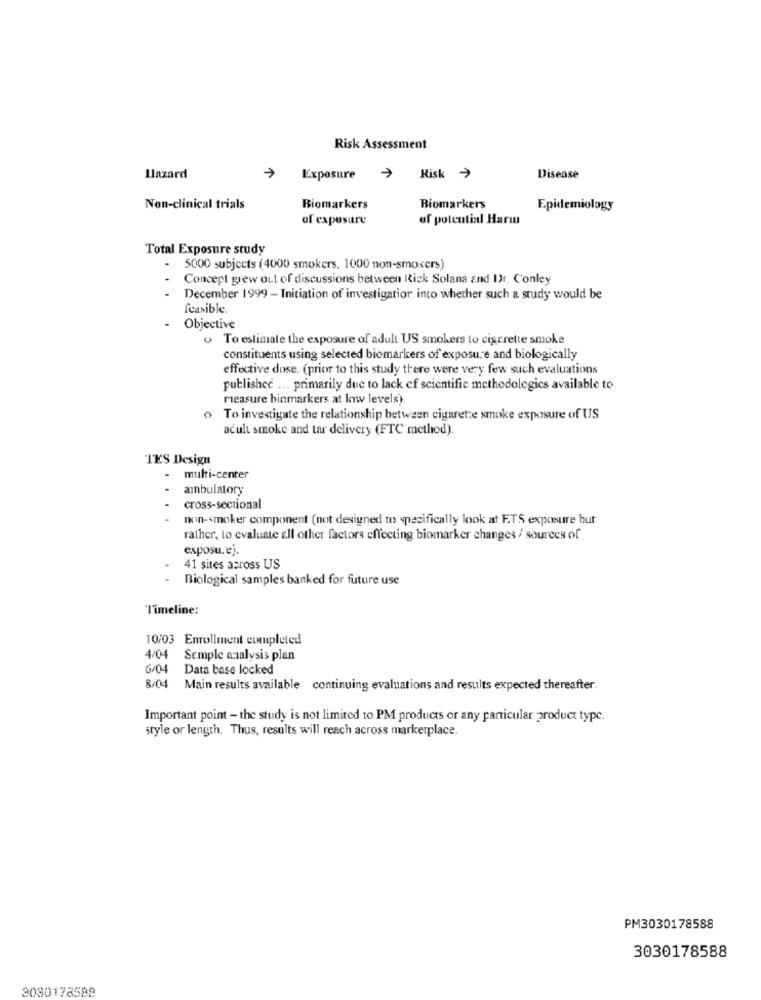
Risk Assessment
Lazard
Exposure
Risk >
Disease
Non-clinical trials
Biomarkers
Biomarkers
Epidemiology
of exposure
of potential Harmu
Total Exposure study
. 5000 subjects (4000 smokers. 1000 non-smosers)
Concept grew out of discussions between Rick Solana and Ur. Conley
December 1999 - Initiation of investigation into whether such a study would be
feasible.
Objective
To estimate the exposure of adult US smokers to ciscrette smoke
constituents using selected biomarkers of exposure and biologically
effective dose. (prior to this study there were very few such evaluations
published ... primarily due to lack of scientific methodologies available to
measure binmarkers at low levels).
To investigate the relationship between cigarette smoke exposure of US
acult smoke and tar delivery (FTC method).
TES Design
multi-center
ambulatory
cross-sectional
non-smoker component (not designed to specifically look at ETS exposure but
rather, to evaluate ell other factors effecting biomarker changes / sources of
exposu.ej.
41 sites across US
Biological samples banked for future use
Timeline:
10/03 Enrollment completed
4/04
Semple analysis plan
6/04
Data base locked
8/04
Main results available continuing evaluations and results expected thereafter.
Important point - the study is not limited to PM products or any particular product type.
style or length. Thus, results will reach across marketplace.
PM3030178588
3030178588
3030178588